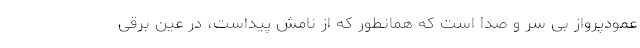
عمودپرواز بی سر و صدا است که همانطور که از نامش پیداست، در عین برقی